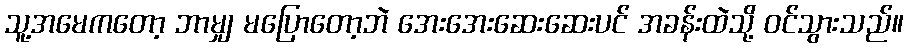
သူ့အမေကတော့ ဘာမျှ မပြောတော့ဘဲ အေးအေးဆေးဆေးပင် အခန်းထဲသို့ ဝင်သွားသည်။